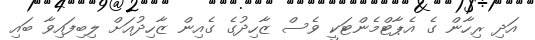
އަދި ރިހާން ގެ އެޕާޓްމެންޓަކީ ވެސް ޒާހިދުގެ ގެއިން ޒާހިދުއަށް ލިބިފައިވާ ބައި